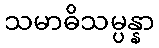
သမာဓိသမ္ပန္နာ